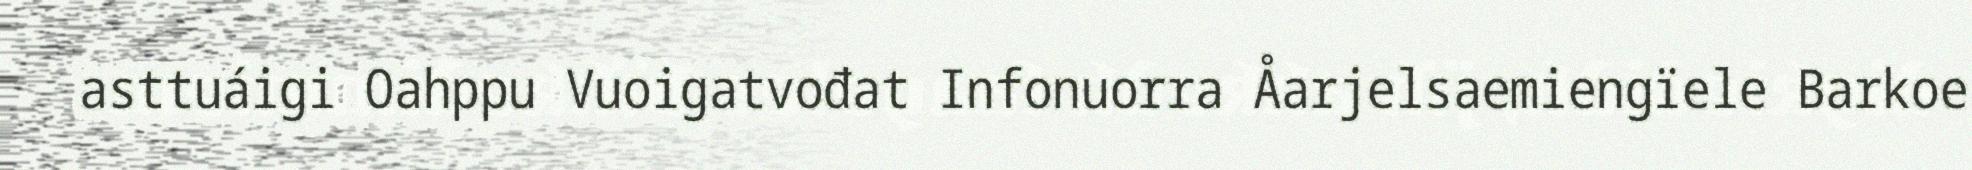
asttuáigi Oahppu Vuoigatvođat Infonuorra Åarjelsaemiengïele Barkoe